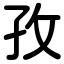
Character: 孜